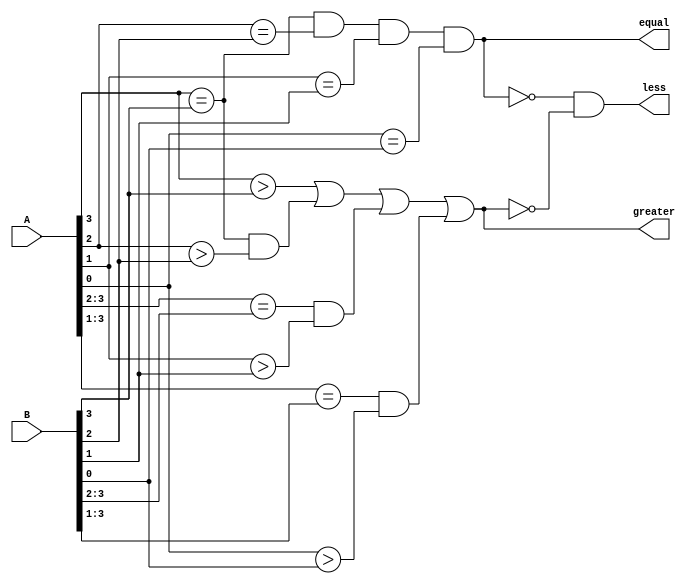
module comparator(input [3:0] A, B,
                     output wire equal, greater, less);

assign equal = (A[3] == B[3]) & (A[2] == B[2]) & (A[1] == B[1]) & (A[0] == B[0]);
assign greater = (A[3] > B[3]) | ((A[3] == B[3]) & (A[2] > B[2])) | ((A[3:2] == B[3:2]) & (A[1] > B[1])) | ((A[3:1] == B[3:1]) & (A[0] > B[0]));
assign less = !equal & !greater;

endmodule